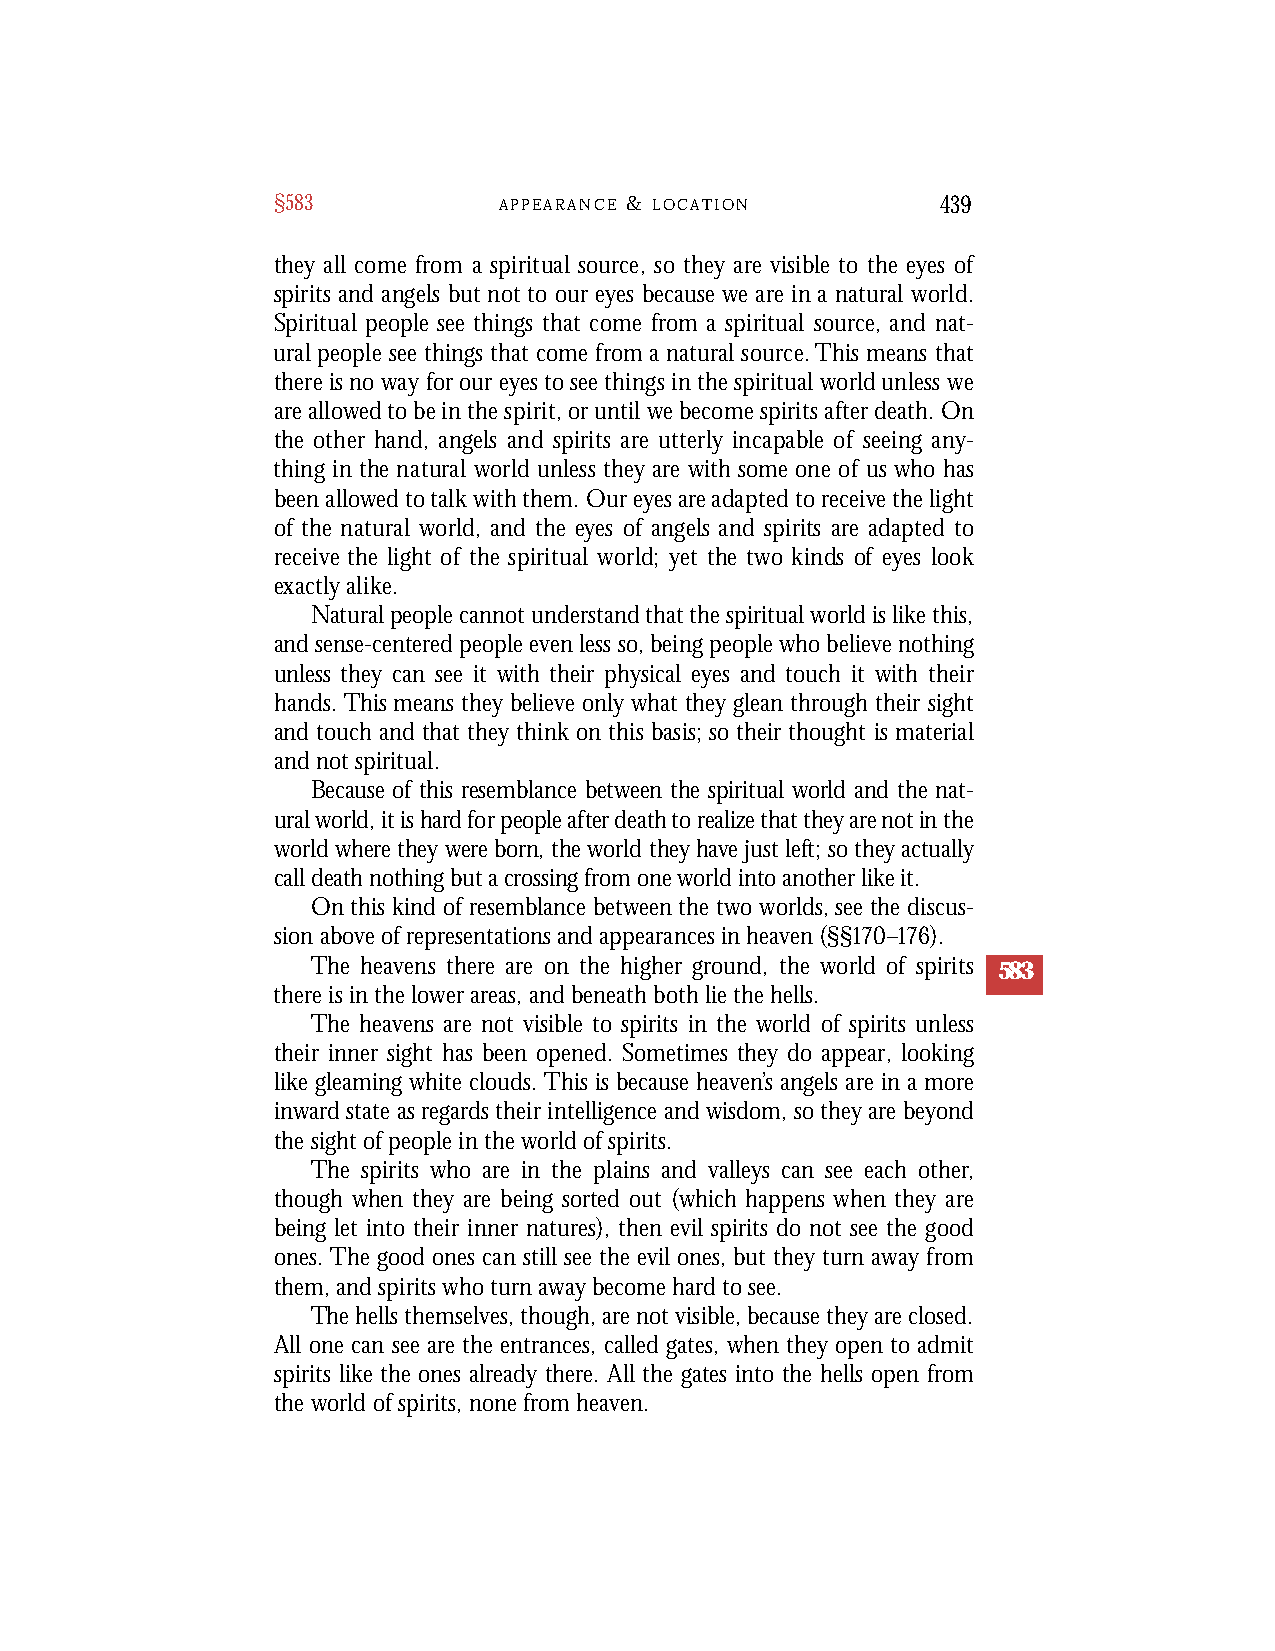
§583           A P P E A R A N C E & L O C A T I O N 439
 they all come from a spiritual source, so they are visible to the eyes of
 spirits and angels but not to our eyes because we are in a natural world.
 Spiritual people see things that come from a spiritual source, and nat-
 ural people see things that come from a natural source. This means that
 t h e re is no way for our eyes to see things in the spiritual world unless we
 a re allowed to be in the spirit, or until we become spirits after death. On
 the other hand, angels and spirits are utterly incapable of seeing any-
 thing in the natural world unless they are with some one of us who has
 been allowed to talk with them. Our eyes are adapted to re c e i ve the light
 of the natural world, and the eyes of angels and spirits are adapted to
 re c e i ve the light of the spiritual world; yet the two kinds of eyes look
 exactly alike.
 Natural people cannot understand that the spiritual world is like this,
 and sense-centered people even less so, being people who believe nothing
 unless they can see it with their physical eyes and touch it with their
 hands. This means they believe only what they glean through their sight
 and touch and that they think on this basis; so their thought is material
 and not spiritual.
 Because of this resemblance between the spiritual world and the nat-
 ural world, it is hard for people after death to rea l i z e that they are not in the
 world where they wer e born, the world they have just left; so they actually
 call death nothing but a crossing from one world into another like it.
 On this kind of resemblance between the two worlds, see the discus-
 sion above of representations and appearances in heaven (§§170–176).
 The heavens there are on the higher ground, the world of spirits 583
 there is in the lower areas, and beneath both lie the hells.
 The heavens are not visible to spirits in the world of spirits unless
 their inner sight has been opened. Sometimes they do appear, looking
 like gleaming white clouds. This is because heaven’s angels are in a more
 inward state as regards their intelligence and wisdom, so they are beyond
 the sight of people in the world of spirits.
 The spirits who are in the plains and valleys can see each other,
 though when they are being sorted out (which happens when they are
 being let into their inner natures), then evil spirits do not see the good
 ones. The good ones can still see the evil ones, but they turn away from
 them, and spirits who turn away become hard to see.
 The hells themselves, though, are not visible, because they are closed.
 All one can see are the entrances, called gates, when they open to admit
 spirits like the ones already there. All the gates into the hells open from
 the world of spirits, none from heaven.